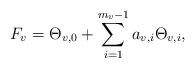
LaTeX: \begin{align*}F_v = \Theta_{v, 0} + \sum_{i=1}^{m_v-1}a_{v,i}\Theta_{v,i},\end{align*}